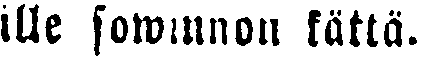
ille sowinnon kättä.